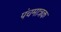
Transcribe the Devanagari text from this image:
पंचमात्रक